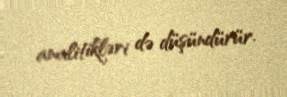
analitikləri də düşündürür.